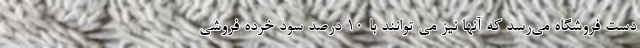
دست فروشگاه می‌رسد که آنها نیز می توانند با ۱۰ درصد سود خرده فروشی